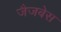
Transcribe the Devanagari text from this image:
जैजबेस